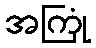
အကြုံ